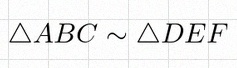
\triangle ABC\sim\triangle DEF